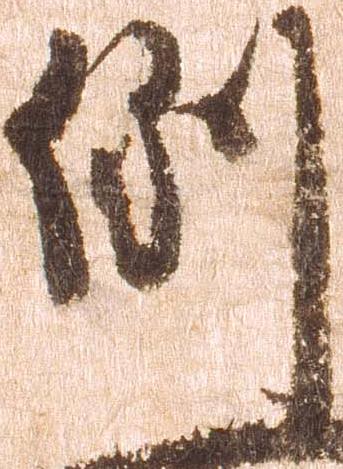
例